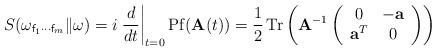
LaTeX: \begin{align*} S(\omega_{{\sf f}_1 \cdots {\sf f}_m}\|\omega) = i\left.\frac{d}{dt}\right|_{t = 0} {\rm Pf}({\bf A}(t))= \frac{1}{2}\,{\rm Tr}\left({\bf A}^{-1} \left(\begin{array}{cc} 0 & -{\bf a} \\ {\bf a}^T & 0 \end{array}\right) \right) \end{align*}